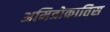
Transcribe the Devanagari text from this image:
अमित्रोकातिस